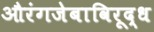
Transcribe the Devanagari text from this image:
औरंगजेबाविरूद्ध